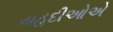
યહૂદીઓએ